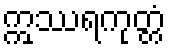
ဣဿရကုတ္တံ